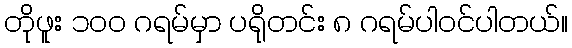
တိုဖူး ၁ဝဝ ဂရမ်မှာ ပရိုတင်း ၈ ဂရမ်ပါဝင်ပါတယ်။